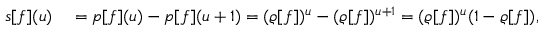
\begin{array} { r l } { s [ f ] ( u ) } & { { } = p [ f ] ( u ) - p [ f ] ( u + 1 ) = ( \varrho [ f ] ) ^ { u } - ( \varrho [ f ] ) ^ { u + 1 } = ( \varrho [ f ] ) ^ { u } ( 1 - \varrho [ f ] ) , } \end{array}